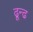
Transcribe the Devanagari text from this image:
ढून्ढ